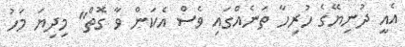
އެއީ ދުނިޔޭގެ ހުރިހާ ތަނެއްގައި ވެސް އެކަން ވާ ގޮތް" މިދިޔަ މަހު